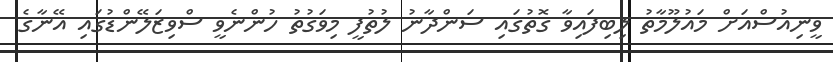
ވީނިއުސްއަށް މައުލޫމާތު ލިބިފައިވާ ގޮތުގައި ސަންދާނު ލުތުފީ މިވަގުތު ހުންނެވީ ސްވިޒަލޭންޑުގައި އޭނާގެ